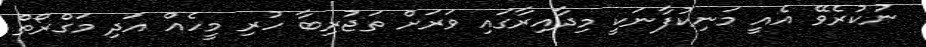
ނުކުރެވޭ އެއީ މަނިކުފާނަކީ މިދާއިރާގައި ވަރަށް ތަޖުރިބާ ހުރި މީހެއް އަދި މަގްރޯތް